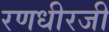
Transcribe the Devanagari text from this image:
रणधीरजी